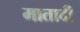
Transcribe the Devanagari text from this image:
मातादी